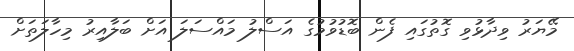
މޭޔަރު ވިދާޅުވި ގޮތުގައި ފެން ބޮޑުވުމުގެ އަސްލު މައްސަލަ އަށް ބަލާއިރު މިހާލަތަށް